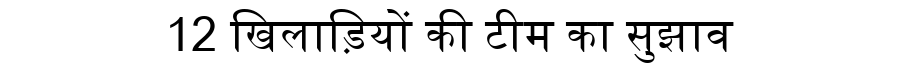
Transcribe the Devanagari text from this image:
12 खिलाड़ियों की टीम का सुझाव